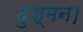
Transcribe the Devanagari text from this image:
दुश्मन।